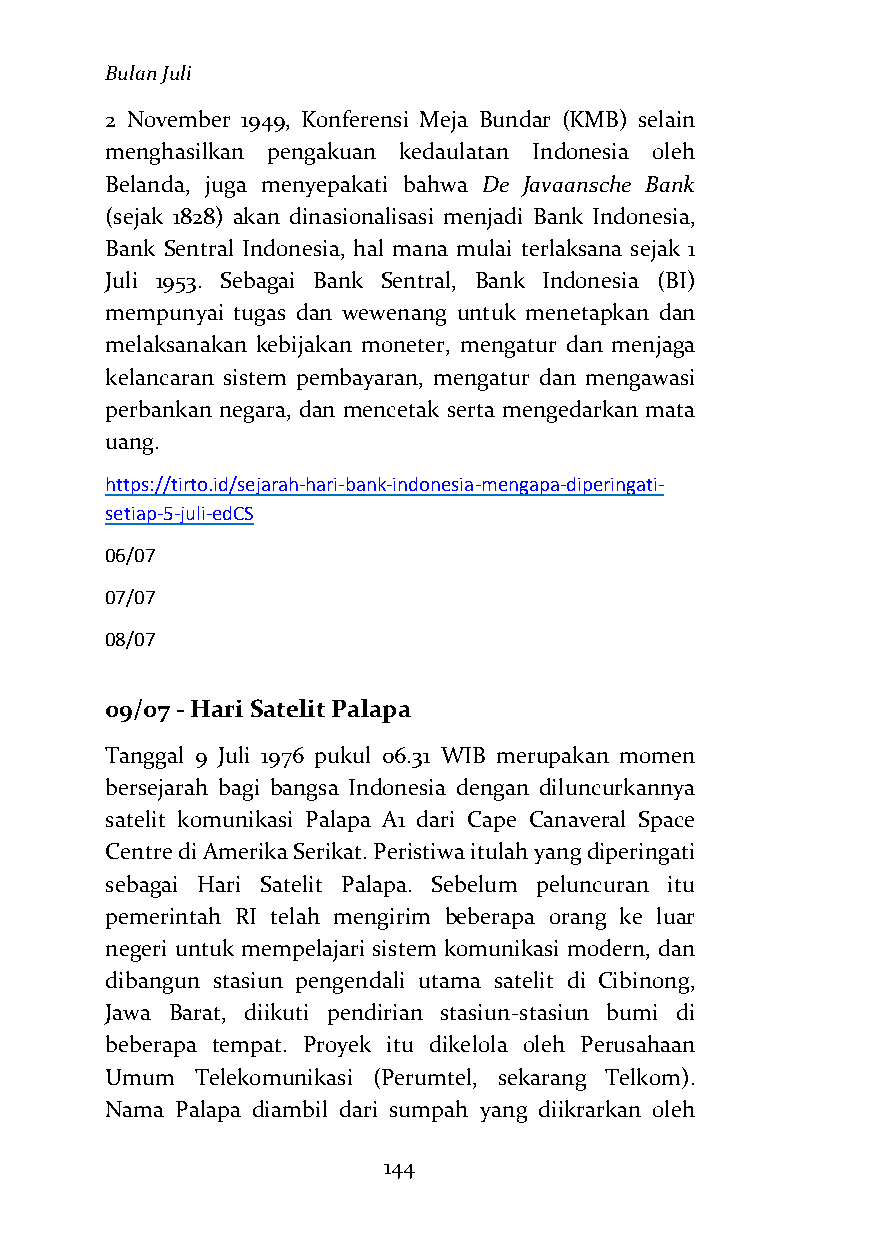
Bulan Juli
 2 November 1949, Konferensi Meja Bundar (KMB) selain
 menghasilkan pengakuan kedaulatan Indonesia oleh
 Belanda, juga menyepakati bahwa De Javaansche Bank
 (sejak 1828) akan dinasionalisasi menjadi Bank Indonesia,
 Bank Sentral Indonesia, hal mana mulai terlaksana sejak 1
 Juli 1953. Sebagai Bank Sentral, Bank Indonesia (BI)
 mempunyai tugas dan wewenang untuk menetapkan dan
 melaksanakan kebijakan moneter, mengatur dan menjaga
 kelancaran sistem pembayaran, mengatur dan mengawasi
 perbankan negara, dan mencetak serta mengedarkan mata
 uang.
 https://tirto.id/sejarah-hari-bank-indonesia-mengapa-diperingati-
 setiap-5-juli-edCS
 06/07
 07/07
 08/07
 09/07 - Hari Satelit Palapa
 Tanggal 9 Juli 1976 pukul 06.31 WIB merupakan momen
 bersejarah bagi bangsa Indonesia dengan diluncurkannya
 satelit komunikasi Palapa A1 dari Cape Canaveral Space
 Centre di Amerika Serikat. Peristiwa itulah yang diperingati
 sebagai Hari Satelit Palapa. Sebelum peluncuran itu
 pemerintah RI telah mengirim beberapa orang ke luar
 negeri untuk mempelajari sistem komunikasi modern, dan
 dibangun stasiun pengendali utama satelit di Cibinong,
 Jawa Barat, diikuti pendirian stasiun-stasiun bumi di
 beberapa tempat. Proyek itu dikelola oleh Perusahaan
 Umum  Telekomunikasi (Perumtel, sekarang Telkom).
 Nama Palapa diambil dari sumpah yang diikrarkan oleh
 144